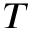
T